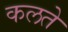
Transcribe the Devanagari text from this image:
कलते